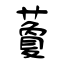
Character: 藑